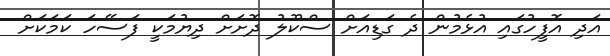
އަދި އޮފީހުގައި އުޅެމުން ދެ ގަޑިއަށް ސްކޫލު ދޮށަށް ދިޔުމަކީ ފަސޭހަ ކަމަކަށް